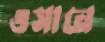
ওসানে